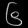
Digit: ၆